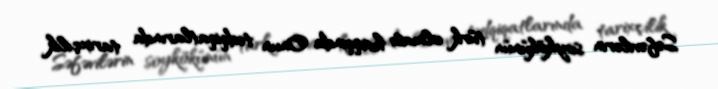
Səfəvilərin soykökünün türk olması haqqında Onun tədqiqatlarında tarixçilik